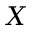
X